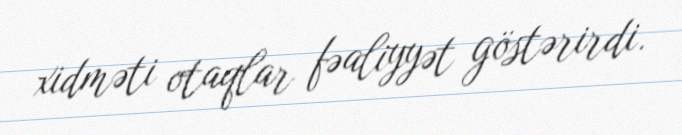
xidməti otaqlar fəaliyyət göstərirdi.